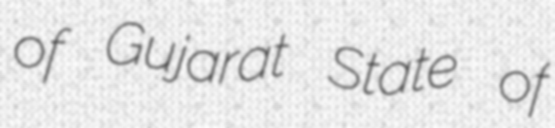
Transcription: of Gujarat State of